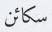
سكائن